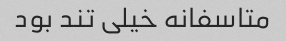
متاسفانه خیلی تند بود